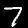
Digit: 7